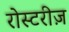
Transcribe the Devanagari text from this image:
रोस्टरीज़